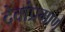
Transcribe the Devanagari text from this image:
देवांप्रमाणे